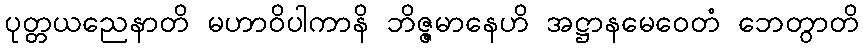
ပုတ္တယညေနာတိ မဟာဝိပါကာနိ ဘိဇ္ဇမာနေဟိ အဋ္ဌာနမေဝေတံ ဘေတွာတိ